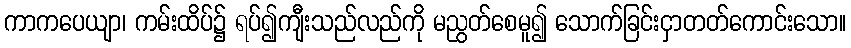
ကာကပေယျာ၊ ကမ်းထိပ်၌ ရပ်၍ကျီးသည်လည်ကို မညွတ်စေမူ၍ သောက်ခြင်းငှာတတ်ကောင်းသော။